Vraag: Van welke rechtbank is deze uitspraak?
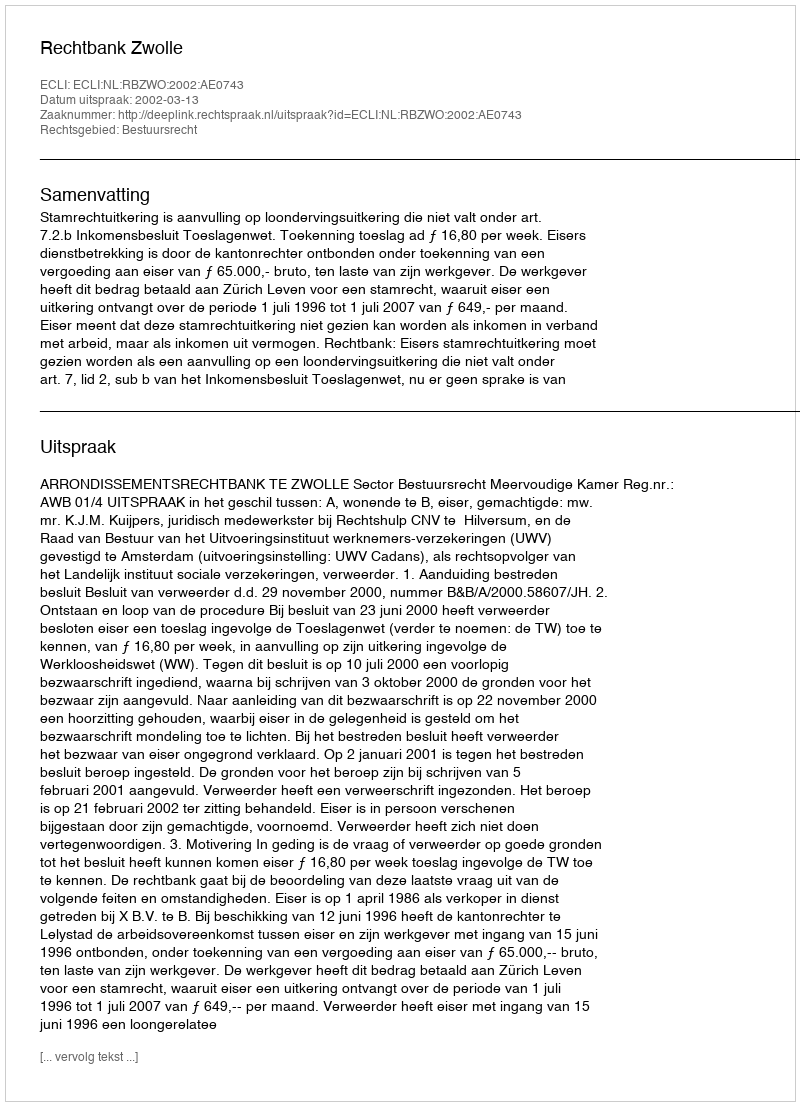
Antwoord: Rechtbank Zwolle